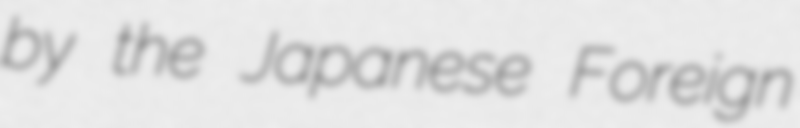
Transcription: by the Japanese Foreign